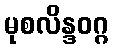
မုစလိန္ဒဝဂ္ဂ